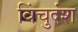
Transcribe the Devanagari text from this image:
विंचुदंश